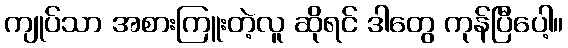
ကျုပ်သာ အစားကြူးတဲ့လူ ဆိုရင် ဒါတွေ ကုန်ပြီပေါ့။